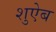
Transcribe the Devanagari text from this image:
शुऐब